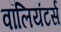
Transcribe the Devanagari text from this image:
वॉलियंटर्स